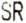
SR